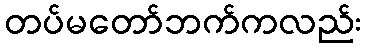
တပ်မတော်ဘက်ကလည်း